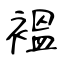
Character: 褞